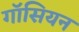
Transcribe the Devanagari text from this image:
गॉसियन